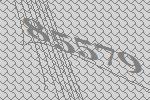
85579